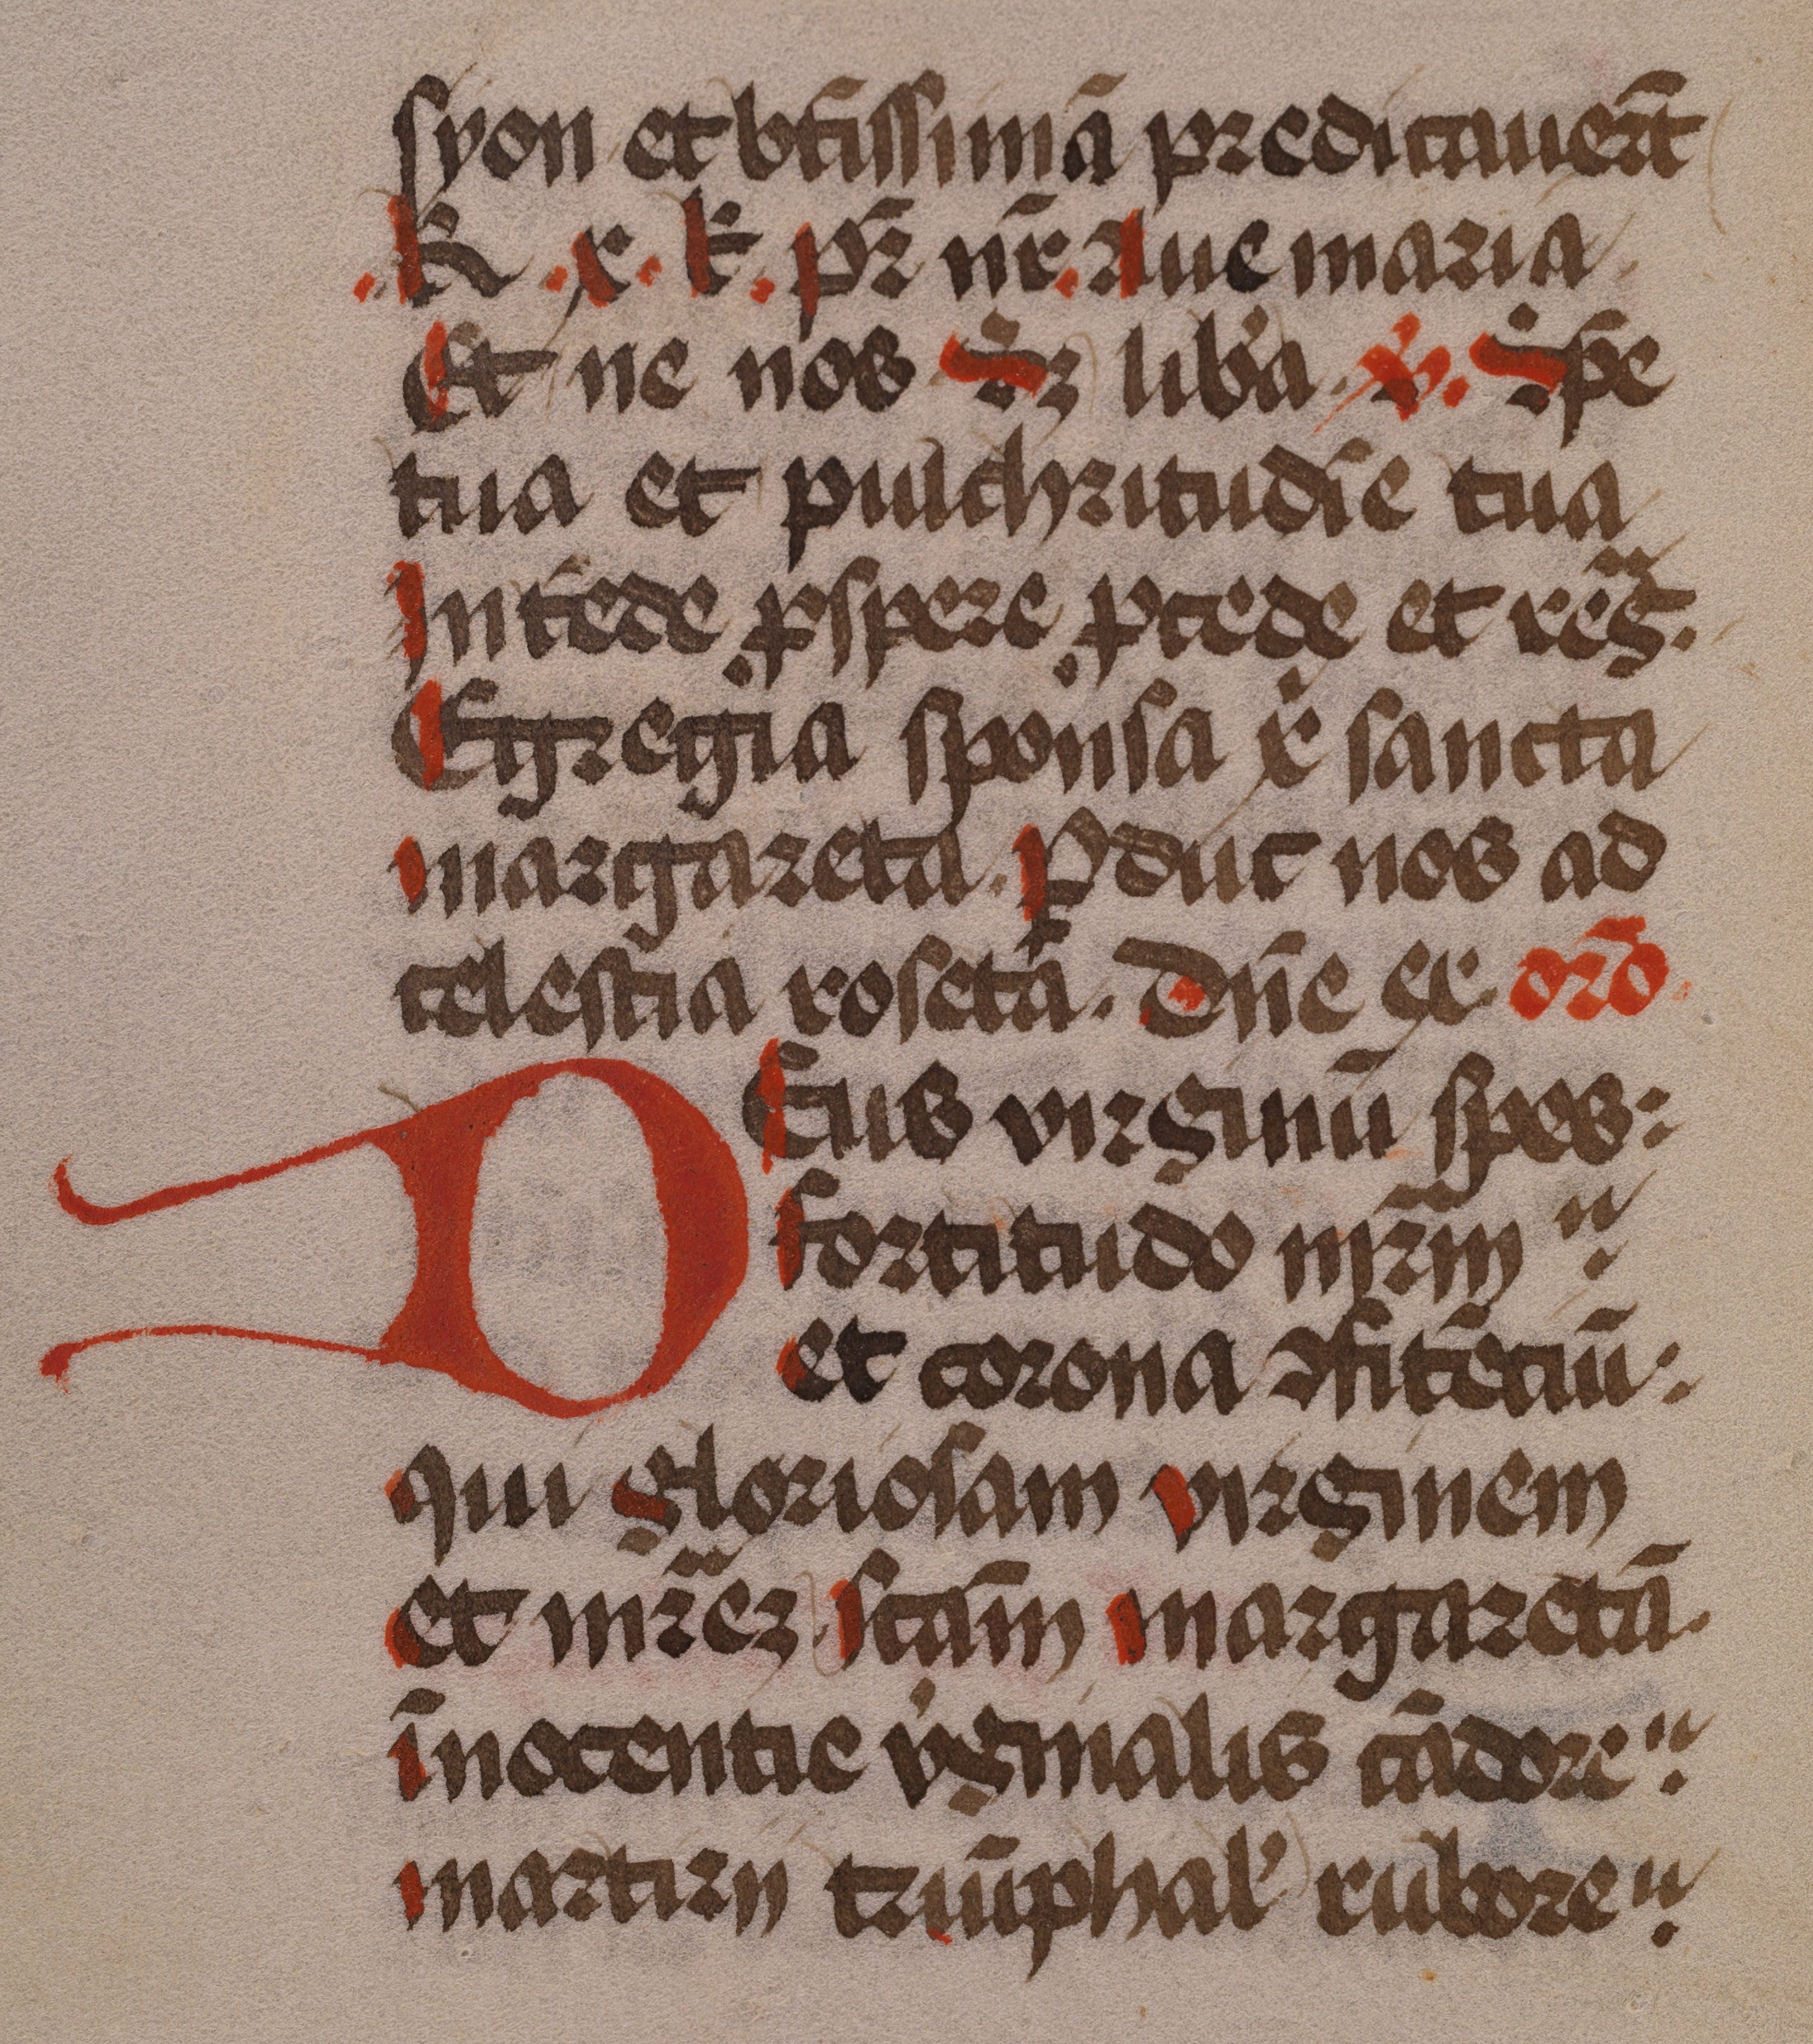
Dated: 1475–1499